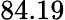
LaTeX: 84.19